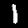
Digit: 1